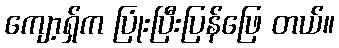
ကျော့ရှ်က ပြုံးပြီးပြန်ဖြေ တယ်။